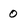
Character: 0